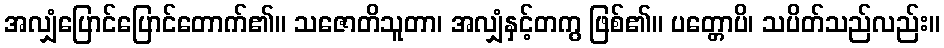
အလျှံပြောင်ပြောင်တောက်၏။ သဇောတိသူတာ၊ အလျှံနှင့်တကွ ဖြစ်၏။ ပတ္တောပိ၊ သပိတ်သည်လည်း။